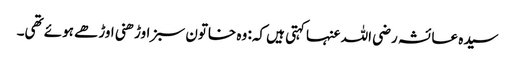
سیدہ عائشہ رضی اللہ عنہا کہتی ہیں کہ: وہ خاتون سبز اوڑھنی اوڑھے ہوئے تھی۔